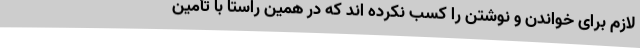
لازم برای خواندن و نوشتن را کسب نکرده اند که در همین راستا با تأمین